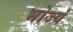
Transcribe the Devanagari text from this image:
भोज्यं